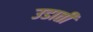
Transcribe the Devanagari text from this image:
उडाती